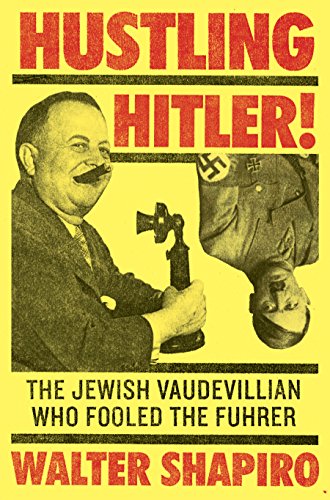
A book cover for Hustling Hitler: The Jewish Vaudevillian Who Fooled the FÃ¼hrer; Walter Shapiro; Biographies & Memoirs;